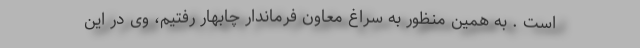
است . به همین منظور به سراغ معاون فرماندار چابهار رفتیم، وی در این